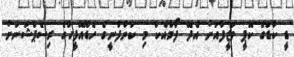
ޑީ ކާޑުގެ ކޮޕީ ވަޒީފާއަށް އެދޭ ފޯމާއެކު މި ކުންފުނީގެ ހެޑްއޮފީހުގެ ރިސެޕްޝަނަށް